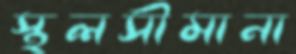
স্থলসীমানা